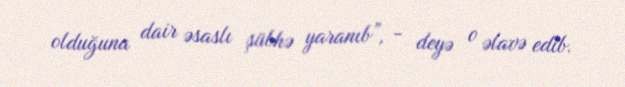
olduğuna dair əsaslı şübhə yaranıb”, - deyə o əlavə edib.